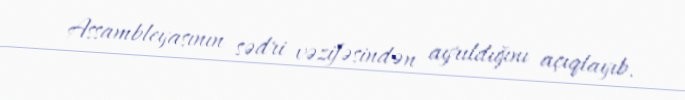
Assambleyasının sədri vəzifəsindən ayrıldığını açıqlayıb.